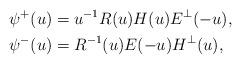
LaTeX: \begin{align*}\psi^+(u)&=u^{-1}R(u)H(u) E^{\perp}(-u),\\\psi^-(u) &=R^{-1}(u)E(-u) H^{\perp}(u),\end{align*}